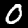
Digit: 0